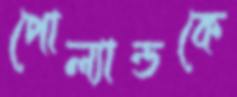
পোল্যান্ডকে